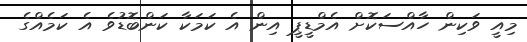
މިއީ ވަކިން ހާއްސަކޮށް އެމްޑީޕީ އިން އެ ކަމަކާ ކަންބޮޑުވެ އެ ކަމެއްގެ